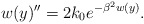
\begin{align*}w(y)^{\prime\prime}=2k_0e^{-\beta^2w(y)}.\end{align*}